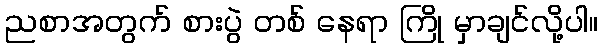
ညစာအတွက် စားပွဲ တစ် နေရာ ကြို မှာချင်လို့ပါ။